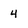
Character: 4